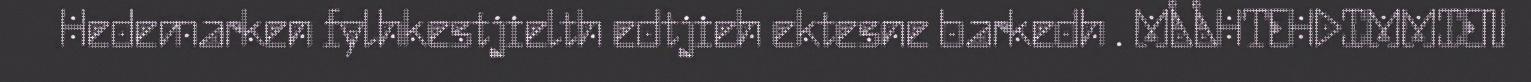
Hedemarken fylhkestjielth edtjieh ektesne barkedh . MÅÅHTEHDIMMIEN